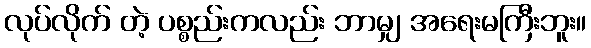
လုပ်လိုက် တဲ့ ပစ္စည်းကလည်း ဘာမျှ အရေးမကြီးဘူး။